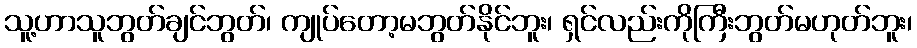
သူ့ဟာသူဘွတ်ချင်ဘွတ်၊ ကျုပ်တော့မဘွတ်နိုင်ဘူး၊ ရှင်လည်းကိုကြီးဘွတ်မဟုတ်ဘူး၊